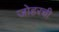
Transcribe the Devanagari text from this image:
जोहरची